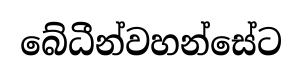
බේධීන්වහන්සේට